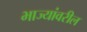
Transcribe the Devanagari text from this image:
भाज्यांवरील